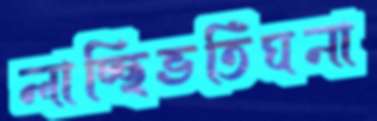
লাচ্ছিভর্তিঘনা